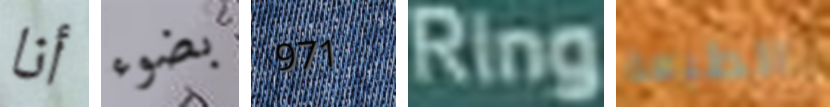
أنا بضوء 971 Ring الطبعة